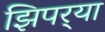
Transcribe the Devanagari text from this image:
झिपर्‍या